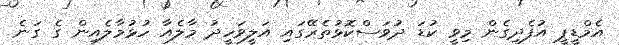
އެމްޑީޕީ އުފެދިގެން މިވީ ކުޑަ ދުވަސްކޮޅުތެރޭގައި އަލީވަހީދު މާލެއާ ހުޅުމާލެއިން ގެ ގަނެ